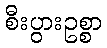
စီးပွားဥစ္စာ